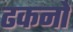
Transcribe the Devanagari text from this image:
ढकनों